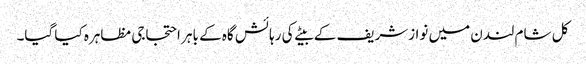
کل شام لندن میں نوازشریف کے بیٹے کی رہائش گاہ کے باہر احتجاجی مظاہرہ کیا گیا۔